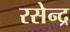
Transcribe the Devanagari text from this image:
रसेन्द्र